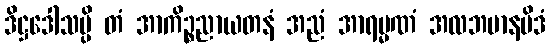
ဒိဋ္ဌဒေါသမ္ပိ တံ အာကိဉ္စညာယတနံ အညံ အာရမ္မဏံ အလဘမာနမိဒံ